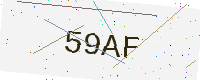
Text: 59AF